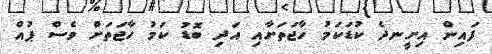
ފައިން އިށީނދެ ކުޑަކަމު ހާޖަތަށާއި އަދި ބޮޑު ކަމު ހާޖަތަށް ވެސް ޕުއް